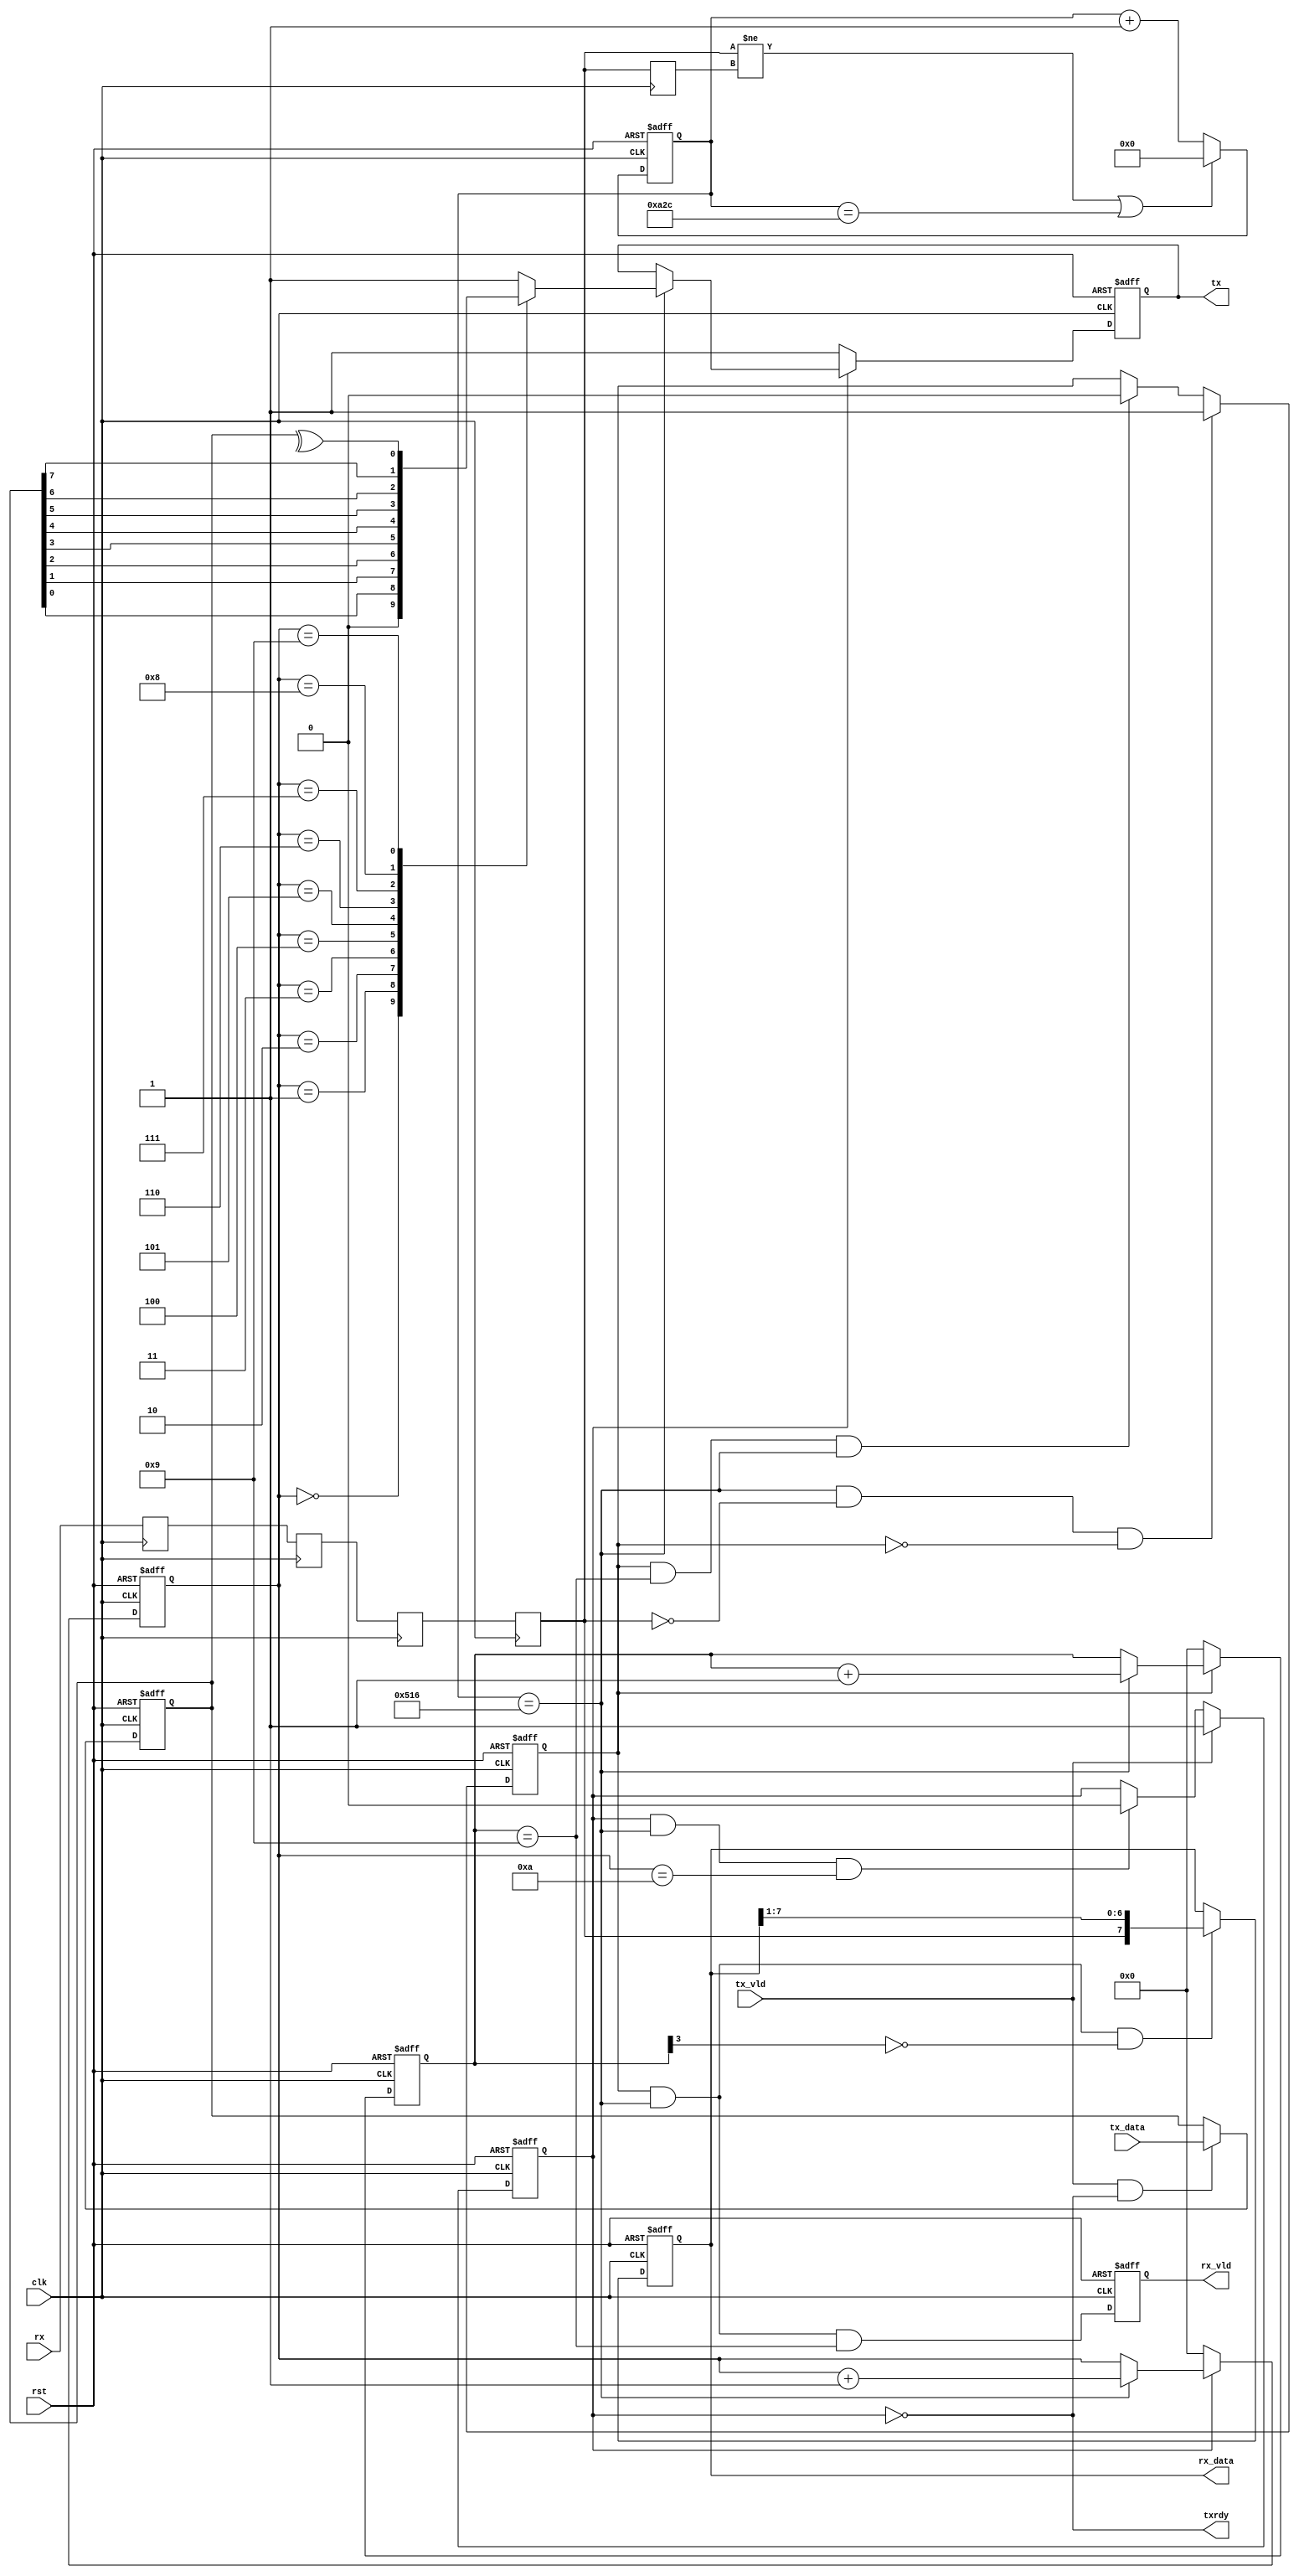
`define DEL 3
module rxtx
#(parameter baud = 9600,
            mhz = 25
  )
 (
            clk,
			rst,
			rx,
			tx_vld,
			tx_data,
			
			rx_vld,
			rx_data,
			tx,
			txrdy
			);

input        clk;
input        rst;
input        rx;
input        tx_vld;
input  [7:0] tx_data;

output       rx_vld;
output [7:0] rx_data;
output       tx;
output       txrdy;

/***********************************/
reg          rx_dly;
reg    [13:0] rx_cnt;
reg          data_vld;
reg    [3:0] data_cnt;
reg          rx_vld;
reg    [7:0] rx_data;
reg    [7:0] tx_rdy_data;
reg          tran_vld;
reg    [3:0] tran_cnt;
reg          tx;
wire         txrdy;
/***********************************/
wire         rx_change;
wire         rx_en;

/***********************************/

localparam period = (mhz*1000000)/baud,
           half = period/2;

reg rx1,rx2,rx3,rxx;
always @ ( posedge clk ) begin
    rx1 <= #`DEL rx;
	rx2 <= #`DEL rx1;
	rx3 <= #`DEL rx2;
	rxx <= #`DEL rx3;
	end


always @ ( posedge clk  )
   rx_dly <= #`DEL rxx;

assign rx_change = (rxx != rx_dly );

always @ ( posedge clk or posedge rst )
if ( rst )
    rx_cnt <= #`DEL 0;
else if ( rx_change | ( rx_cnt==period ) )
    rx_cnt <= #`DEL 0;
else
    rx_cnt <= #`DEL rx_cnt + 1'b1;

assign rx_en = ( rx_cnt==half );

always @ ( posedge clk or posedge rst )
if ( rst )
    data_vld <= #`DEL 1'b0;
else if ( rx_en & ~rxx & ~data_vld )
    data_vld <= #`DEL 1'b1;
else if ( data_vld & ( data_cnt==4'h9 ) & rx_en )
    data_vld <= #`DEL 1'b0;
else;

always @ ( posedge clk or posedge rst )
if ( rst )
    data_cnt <= #`DEL 4'b0;
else if ( data_vld )
    if ( rx_en )
        data_cnt <= #`DEL data_cnt + 1'b1;
	else;
else 	
    data_cnt <= #`DEL 4'b0;

always @ ( posedge clk or posedge rst )
if ( rst )
    rx_data <= #`DEL 7'b0;
else if ( data_vld & rx_en & ~data_cnt[3] )
    rx_data <= #`DEL {rxx,rx_data[7:1]}; 
else;

always @ ( posedge clk or posedge rst )
if ( rst )
    rx_vld <= #`DEL 1'b0;
else
    rx_vld <= #`DEL data_vld & rx_en & ( data_cnt==4'h9);

always @ ( posedge clk or posedge rst )
if ( rst )
    tx_rdy_data <= #`DEL 8'b0;
else if ( tx_vld & txrdy )
    tx_rdy_data <= #`DEL tx_data;
else;

always @ ( posedge clk or posedge rst )
if ( rst )
    tran_vld <= #`DEL 1'b0;
else if ( tx_vld )
    tran_vld <= #`DEL 1'b1;
else if ( tran_vld & rx_en & ( tran_cnt== 4'd10 ) )
    tran_vld <= #`DEL 1'b0;
else;

always @ ( posedge clk or posedge rst )
if ( rst )
    tran_cnt <= #`DEL 4'b0;
else if ( tran_vld )
    if( rx_en )
	    tran_cnt <= #`DEL tran_cnt + 1'b1;
	else;
else
    tran_cnt <= #`DEL 4'b0;

always @ ( posedge clk or posedge rst )
if ( rst )
    tx <= #`DEL 1'b1;
else if ( tran_vld )
    if ( rx_en )
    case ( tran_cnt )
    4'd0 : tx <= #`DEL 1'b0;
    4'd1 : tx <= #`DEL tx_rdy_data[0];
    4'd2 : tx <= #`DEL tx_rdy_data[1];   	
    4'd3 : tx <= #`DEL tx_rdy_data[2];
    4'd4 : tx <= #`DEL tx_rdy_data[3];
    4'd5 : tx <= #`DEL tx_rdy_data[4];
    4'd6 : tx <= #`DEL tx_rdy_data[5];   	
    4'd7 : tx <= #`DEL tx_rdy_data[6];
    4'd8 : tx <= #`DEL tx_rdy_data[7];
	4'd9: tx <= #`DEL ^tx_rdy_data;
	4'd10: tx <= #`DEL 1'b1;
	default: tx <= #`DEL 1'b1;
	endcase
	else;
else
    tx<= #`DEL 1'b1;

assign txrdy = ~tran_vld;

	
endmodule